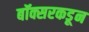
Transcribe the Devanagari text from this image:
बॉक्सरकडून